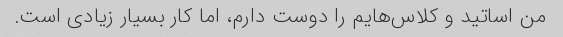
من اساتید و کلاس‌هایم را دوست دارم، اما کار بسیار زیادی است.